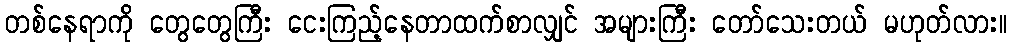
တစ်နေရာကို တွေတွေကြီး ငေးကြည့်နေတာထက်စာလျှင် အများကြီး တော်သေးတယ် မဟုတ်လား။